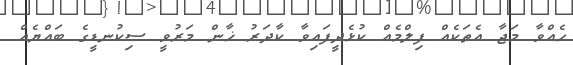
ހެއްވާ މަޖާ އެތަކެއް ފިލްމެއް ކުޅެދީފައިވާ ކާދަރު ޚާން މަރުވީ ސިކުނޑީގެ ބައްޔެއް